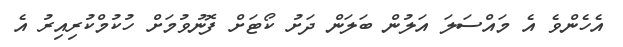
އެހެންވެ އެ މައްސަލަ އަލުން ބަލަން ދަށު ކޯޓަށް ފޮނުވުމަށް ހުކުމްކުރިއިރު އެ